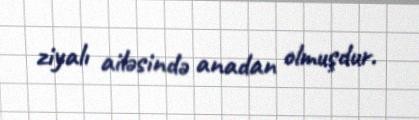
ziyalı ailəsində anadan olmuşdur.